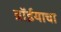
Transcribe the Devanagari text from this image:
ब्रॉईयाचा